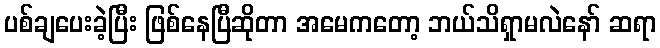
ပစ်ချပေးခဲ့ပြီး ဖြစ်နေပြီဆိုတာ အမေကတော့ ဘယ်သိရှာမလဲနော် ဆရာ